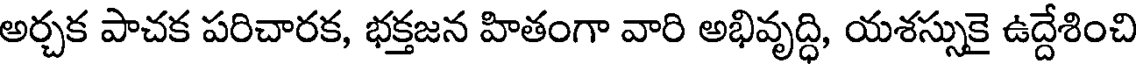
అర్చక పాచక పరిచారక, భక్తజన హితంగా వారి అభివృద్ధి, యశస్సుకై ఉద్దేశించి